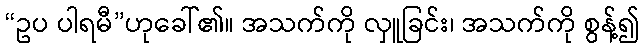
“ဥပ ပါရမီ”ဟုခေါ်၏။ အသက်ကို လှူခြင်း၊ အသက်ကို စွန့်၍